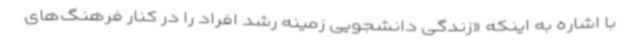
با اشاره به اینکه «زندگی دانشجویی زمینه رشد افراد را در کنار فرهنگ‌های